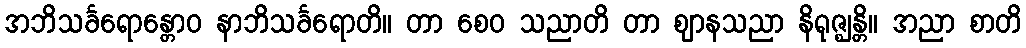
အဘိသင်္ခရောန္တောဝ နာဘိသင်္ခရောတိ။ တာ စေဝ သညာတိ တာ ဈာနသညာ နိရုဇ္ဈန္တိ။ အညာ စာတိ